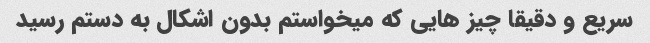
سریع و دقیقا چیز هایی که میخواستم بدون اشکال به دستم رسید